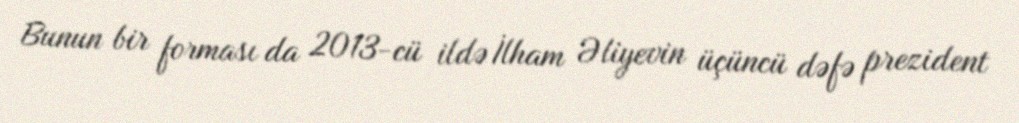
Bunun bir forması da 2013-cü ildə İlham Əliyevin üçüncü dəfə prezident